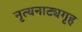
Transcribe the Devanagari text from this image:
नृत्यनाट्यगृह